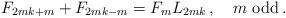
LaTeX: \begin{align*}F_{2mk + m} + F_{2mk - m} = F_m L_{2mk}\,,\quad\mbox{$m$ odd}\,. \end{align*}